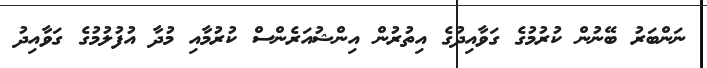
ނަންބަރު ބޭނުން ކުރުމުގެ ގަވާއިދުގެ އިތުރުން އިންޝުއަރެންސް ކުރުމާއި މުދާ އުފުލުމުގެ ގަވާއިދު